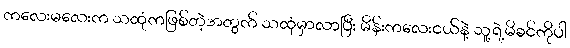
ကလေးမလေးက သထုံကဖြစ်တဲ့အတွက် သထုံမှာလာပြီး မိန်းကလေးငယ်နဲ့ သူ့ရဲ့မိခင်ကိုပါ